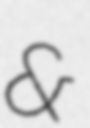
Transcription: &